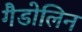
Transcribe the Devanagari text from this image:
गैडोलिन